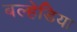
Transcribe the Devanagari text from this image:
बल्हेडिया